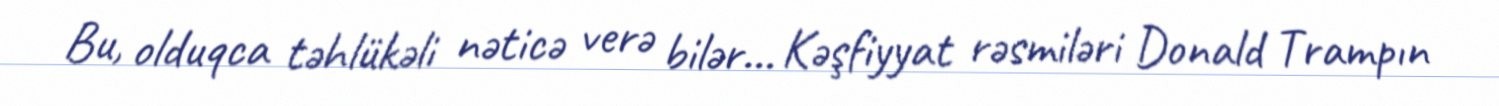
Bu, olduqca təhlükəli nəticə verə bilər... Kəşfiyyat rəsmiləri Donald Trampın